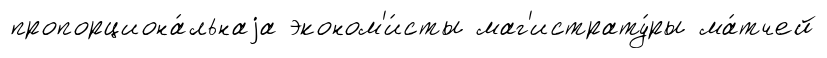
пропорциона́льнаjа эконом'и́сты маг'истрату́ры ма́тчей